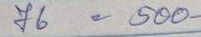
76 = 500